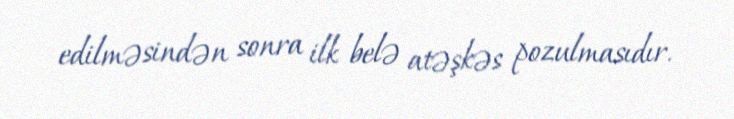
edilməsindən sonra ilk belə atəşkəs pozulmasıdır.